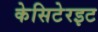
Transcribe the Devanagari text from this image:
केसिटेरइट